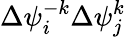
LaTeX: \Delta{{\psi}_{i}^{-k}}\Delta{\psi}_{j}^{k}